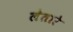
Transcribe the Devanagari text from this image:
लेतारे